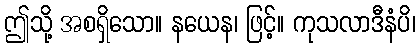
ဤသို့ အစရှိသော။ နယေန၊ ဖြင့်။ ကုသလာဒီနံပိ၊